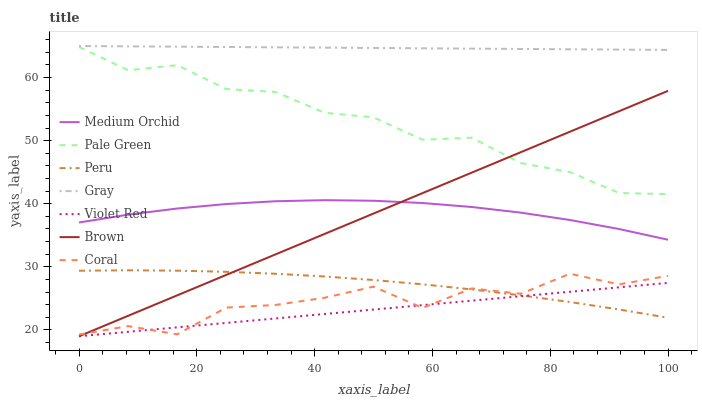
| xaxis_label | Medium Orchid | Pale Green | Peru | Gray | Violet Red | Brown | Coral |
 | --- | --- | --- | --- | --- | --- | --- | --- |
 | 0 | 37 | 64.9 | 29.4 | 65 | 19 | 19 | 19.3 |
 | 8.33 | 38.3 | 61.2 | 29.5 | 64.9 | 19.7 | 22.2 | 20.6 |
 | 16.7 | 39.2 | 62 | 29.4 | 64.9 | 20.4 | 25.5 | 19.3 |
 | 25 | 40 | 58.2 | 29.2 | 64.8 | 21.1 | 28.7 | 23.5 |
 | 33.3 | 40.4 | 57.7 | 28.9 | 64.8 | 21.8 | 32 | 24 |
 | 41.7 | 40.6 | 54.4 | 28.5 | 64.7 | 22.5 | 35.2 | 25.1 |
 | 50 | 40.5 | 53.7 | 27.9 | 64.7 | 23.2 | 38.4 | 26.9 |
 | 58.3 | 40.1 | 50.1 | 27.2 | 64.6 | 23.9 | 41.7 | 23.5 |
 | 66.7 | 39.5 | 50.5 | 26.4 | 64.6 | 24.6 | 44.9 | 26.6 |
 | 75 | 38.6 | 46.4 | 25.5 | 64.5 | 25.3 | 48.2 | 25.7 |
 | 83.3 | 37.4 | 45 | 24.4 | 64.5 | 26 | 51.4 | 28.9 |
 | 91.7 | 36 | 41.7 | 23.2 | 64.4 | 26.8 | 54.7 | 27.2 |
 | 100 | 34.3 | 41.5 | 21.9 | 64.4 | 27.5 | 57.9 | 28.6 |